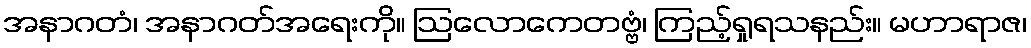
အနာဂတံ၊ အနာဂတ်အရေးကို။ ဩလောကေတဗ္ဗံ၊ ကြည့်ရှုရသနည်း။ မဟာရာဇ၊